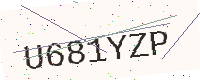
Text: U681YZP